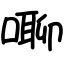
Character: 㗦